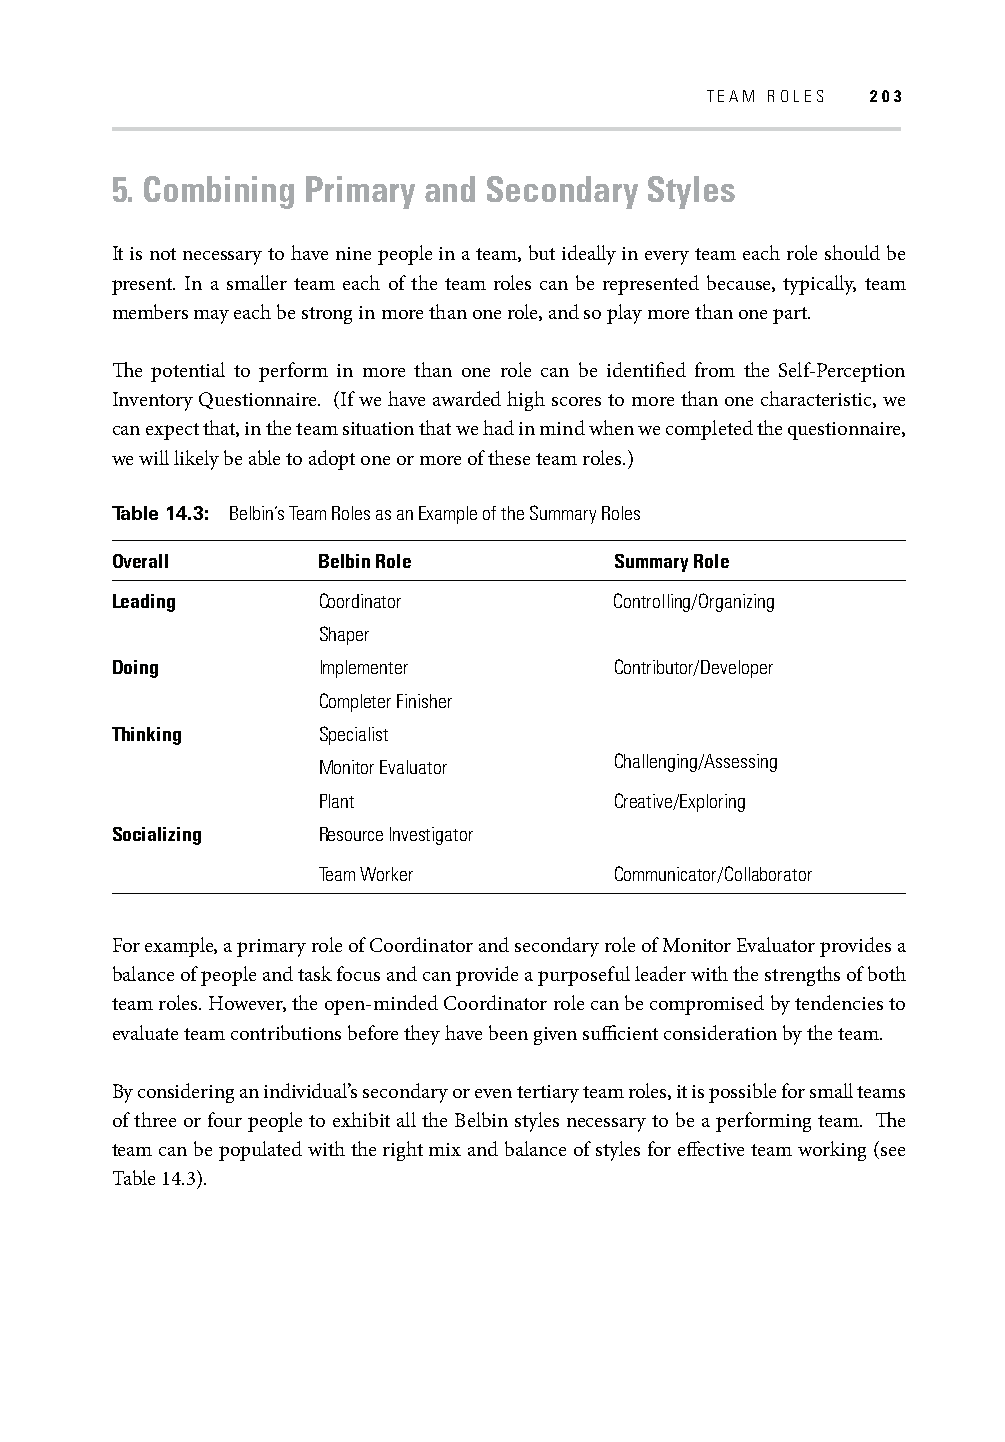
TEAM ROLES 203
 5. Combining Primary and Secondary  Styles
 It is not necessary to have nine people in a team, but ideally in every team each role should be
 present. In a smaller team each of the team roles can be represented because, typically, team
 members may each be strong in more than one role, and so play more than one part.
 Th e potential to perform in more than one role can be identifi ed from the Self-Perception
 Inventory Questionnaire. (If we have awarded high scores to more than one characteristic, we
 can expect that, in the team situation that we had in mind when we completed the questionnaire,
 we will likely be able to adopt one or more of these team roles.)
 Table 14.3: Belbin’s Team Roles as an Example of the Summary Roles
 Overall       Belbin Role         Summary Role
 Leading       Coordinator         Controlling/Organizing
 Shaper
 Doing         Implementer         Contributor/Developer
 Completer Finisher
 Thinking      Specialist
 Challenging/Assessing
 Monitor Evaluator
 Plant               Creative/Exploring
 Socializing   Resource Investigator
 Team Worker         Communicator/Collaborator
 For example, a primary role of Coordinator and secondary role of Monitor Evaluator provides a
 balance of people and task focus and can provide a purposeful leader with the strengths of both
 team roles. However, the open-minded Coordinator role can be compromised by tendencies to
 evaluate team contributions before they have been given suffi cient consideration by the team.
 By considering an individual’s secondary or even tertiary team roles, it is possible for small teams
 of three or four people to exhibit all the Belbin styles necessary to be a performing team. Th e
 team can be populated with the right mix and balance of styles for eff ective team working (see
 Table 14.3).